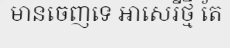
មានចេញទេ អាសេរីថ្មី តែ